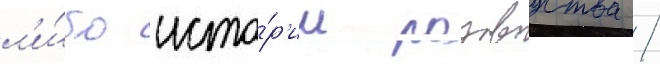
л'и́бо исто́р'ии розоводства /